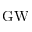
\mathrm { G W }